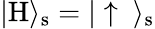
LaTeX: |\mathrm{H}\rangle_{\mathrm{s}}=|\uparrow\ \rangle_{\mathrm{s}}